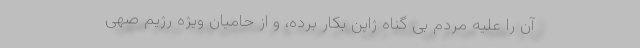
آن را علیه مردم بی گناه ژاپن بکار برده، و از حامیان ویژه رژیم صهی